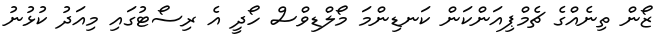
ޒޯން ތިނެއްގެ ޗެމްޕިއަންކަން ކަނޑިންމަ މޯލްޑިވްސް ހޯދީ އެ ރިސޯޓުގައި މިއަދު ކުޅުނު